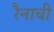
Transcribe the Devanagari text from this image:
रैनाची